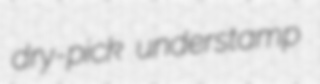
dry-pick understamp